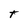
Character: T